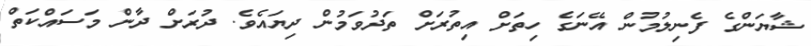
ޝާޔަންގެ ފެނިލުމުން އޭނަގެ ހިތަށް އިތުރަށް ތަދުވަމުން ދިޔައެވެ. ދުރަށް ދާން މަސައްކަތް